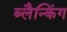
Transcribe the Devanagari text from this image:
ब्लैन्किंग